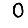
Digit: 0